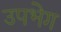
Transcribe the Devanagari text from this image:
उपभेग